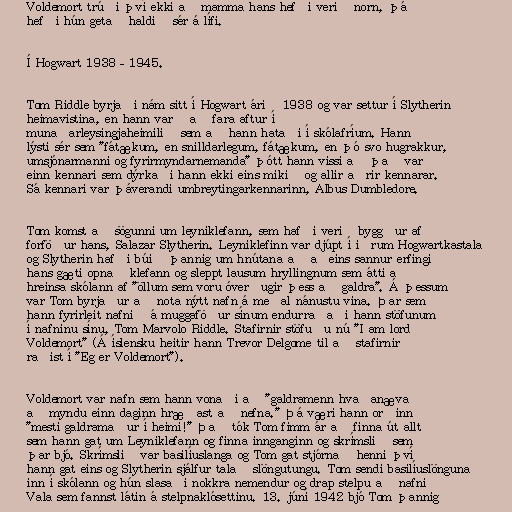
Voldemort trúði því ekki að mamma hans hefði verið norn, þá
hefði hún getað haldið sér á lífi.

Í Hogwart 1938–1945.

Tom Riddle byrjaði nám sitt í Hogwart árið 1938 og var settur í Slytherin
heimavistina, en hann varð að fara aftur í
munaðarleysingjaheimilið sem að hann hataði í skólafríum. Hann
lýsti sér sem "fátækum, en snilldarlegum, fátækum, en þó svo hugrakkur,
umsjónarmanni og fyrirmyndarnemanda" þótt hann vissi að það var
einn kennari sem dýrkaði hann ekki eins mikið og allir aðrir kennarar.
Sá kennari var þáverandi umbreytingarkennarinn, Albus Dumbledore.

Tom komst að sögunni um leyniklefann, sem hafði verið byggður af
forföður hans, Salazar Slytherin. Leyniklefinn var djúpt í iðrum Hogwartkastala
og Slytherin hafði búið þannig um hnútana að aðeins sannur erfingi
hans gæti opnað klefann og sleppt lausum hryllingnum sem átti að
hreinsa skólann af "öllum sem voru óverðugir þess að galdra". Á þessum
var Tom byrjaður að nota nýtt nafn á meðal nánustu vina. Þar sem
hann fyrirleit nafnið á muggaföður sínum endurraðaði hann stöfunum
í nafninu sínu, Tom Marvolo Riddle. Stafirnir stöfuðu nú "I am lord
Voldemort" (Á íslensku heitir hann Trevor Delgome til að stafirnir
raðist í "Eg er Voldemort").

Voldemort var nafn sem hann vonaði að "galdramenn hvaðanæva
að myndu einn daginn hræðast að nefna." Þá væri hann orðinn
"mesti galdramaður í heimi!" Það tók Tom fimm ár að finna út allt
sem hann gat um Leyniklefann og finna innganginn og skrímslið sem
þar bjó. Skrímslið var basilíuslanga og Tom gat stjórnað henni því
hann gat eins og Slytherin sjálfur talað slöngutungu. Tom sendi basilíuslönguna
inn í skólann og hún slasaði nokkra nemendur og drap stelpu að nafni
Vala sem fannst látin á stelpnaklósettinu. 13. júní 1942 bjó Tom þannig